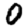
Digit: 0